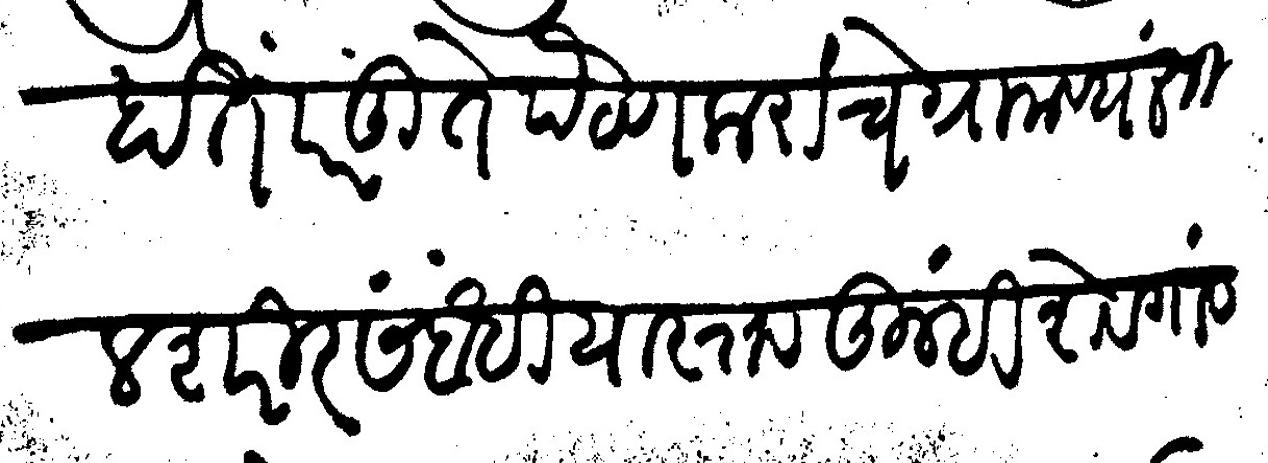
Transliteration (Devanagari): होतें परंतु ते पैठणकरांचे ग्रामण्यांतील शरीरसंबंधी यास्तव तुम्हीं शेवगांव